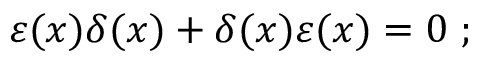
\varepsilon ( x ) \delta ( x ) + \delta ( x ) \varepsilon ( x ) = 0 ~ ;